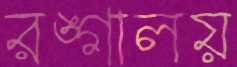
রঙ্গালয়